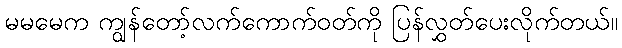
မမမေက ကျွန်တော့်လက်ကောက်ဝတ်ကို ပြန်လွှတ်ပေးလိုက်တယ်။